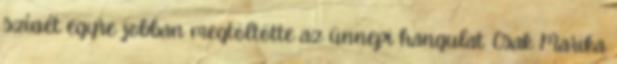
szívét egyre jobban megtöltötte az ünnepi hangulat. Csak Marika